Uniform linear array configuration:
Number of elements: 24
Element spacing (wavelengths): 0.5
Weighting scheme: exponential
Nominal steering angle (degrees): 45
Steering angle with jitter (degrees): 46.648
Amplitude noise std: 0.05
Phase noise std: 0.05

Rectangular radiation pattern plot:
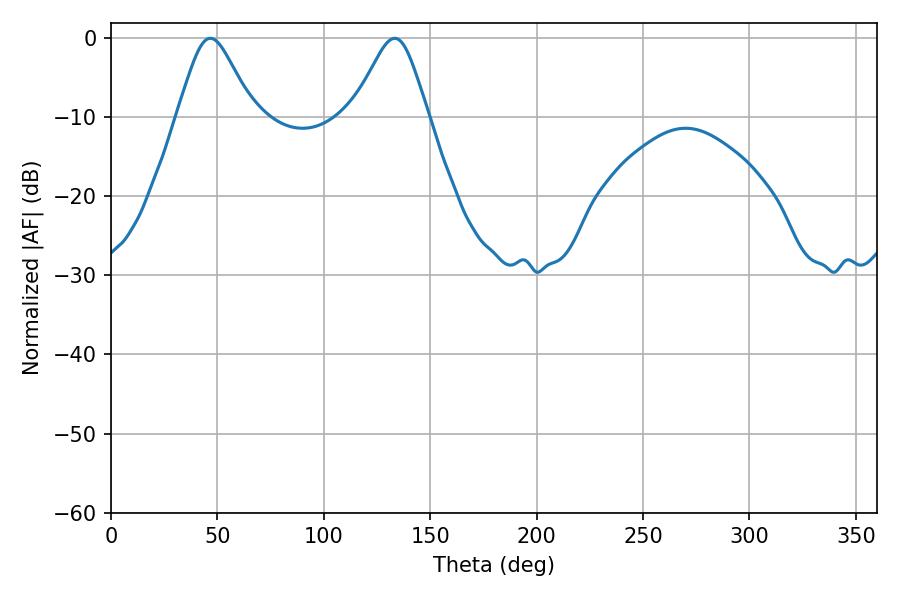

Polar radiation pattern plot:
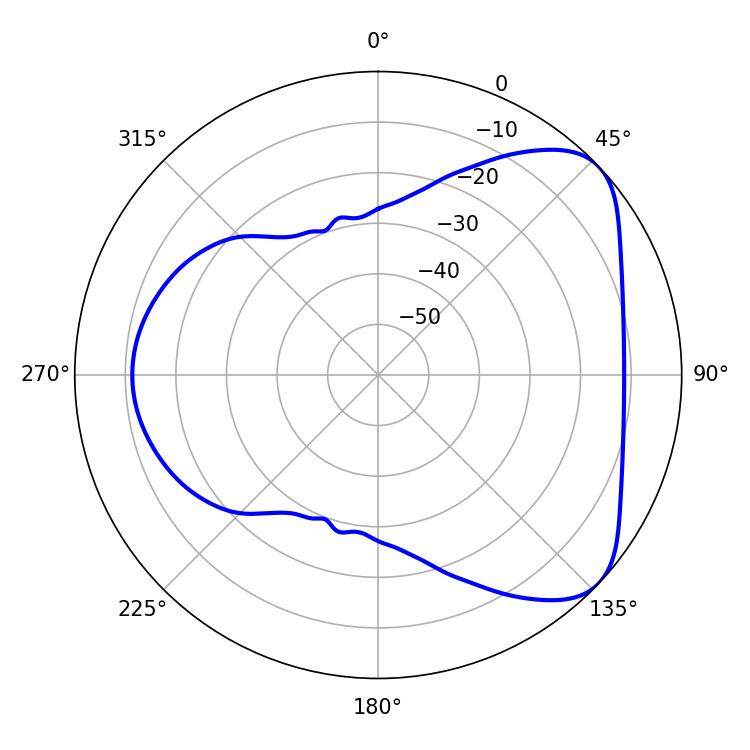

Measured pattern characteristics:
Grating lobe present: FALSE
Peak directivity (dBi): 5.834
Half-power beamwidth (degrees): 17.28
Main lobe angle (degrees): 46.62